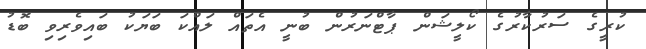
ކުރީގެ ސަރުކާރުގެ ކޯލީޝަން ޕާޓްނަރުން ބުނީ އެތައް ލައްކަ ބަޔަކު ބައިވެރިވި ބޮޑު